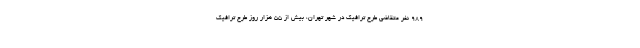
۹۸۹ نفر متقاضی طرح ترافیک در شهر تهران، بیش از ۵۵ هزار روز طرح ترافیک